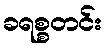
ခရစ္စတင်း